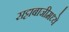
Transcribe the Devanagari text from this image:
सट्टाबाजीमध्ये